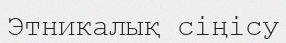
Этникалық сіңісу